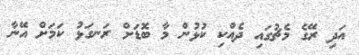
އަދި ރޭގެ މެޗުގައި ދެއްކި ކުޅުން މާ ބޮޑަށް ރަނގަޅު ކަމަށް އޭނާ